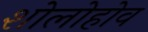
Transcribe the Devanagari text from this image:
शोलोहोव